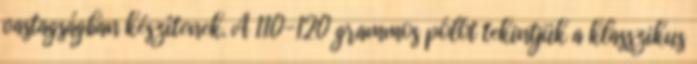
vastagságban készítenek. A 110-120 grammos pólót tekintjük a klasszikus